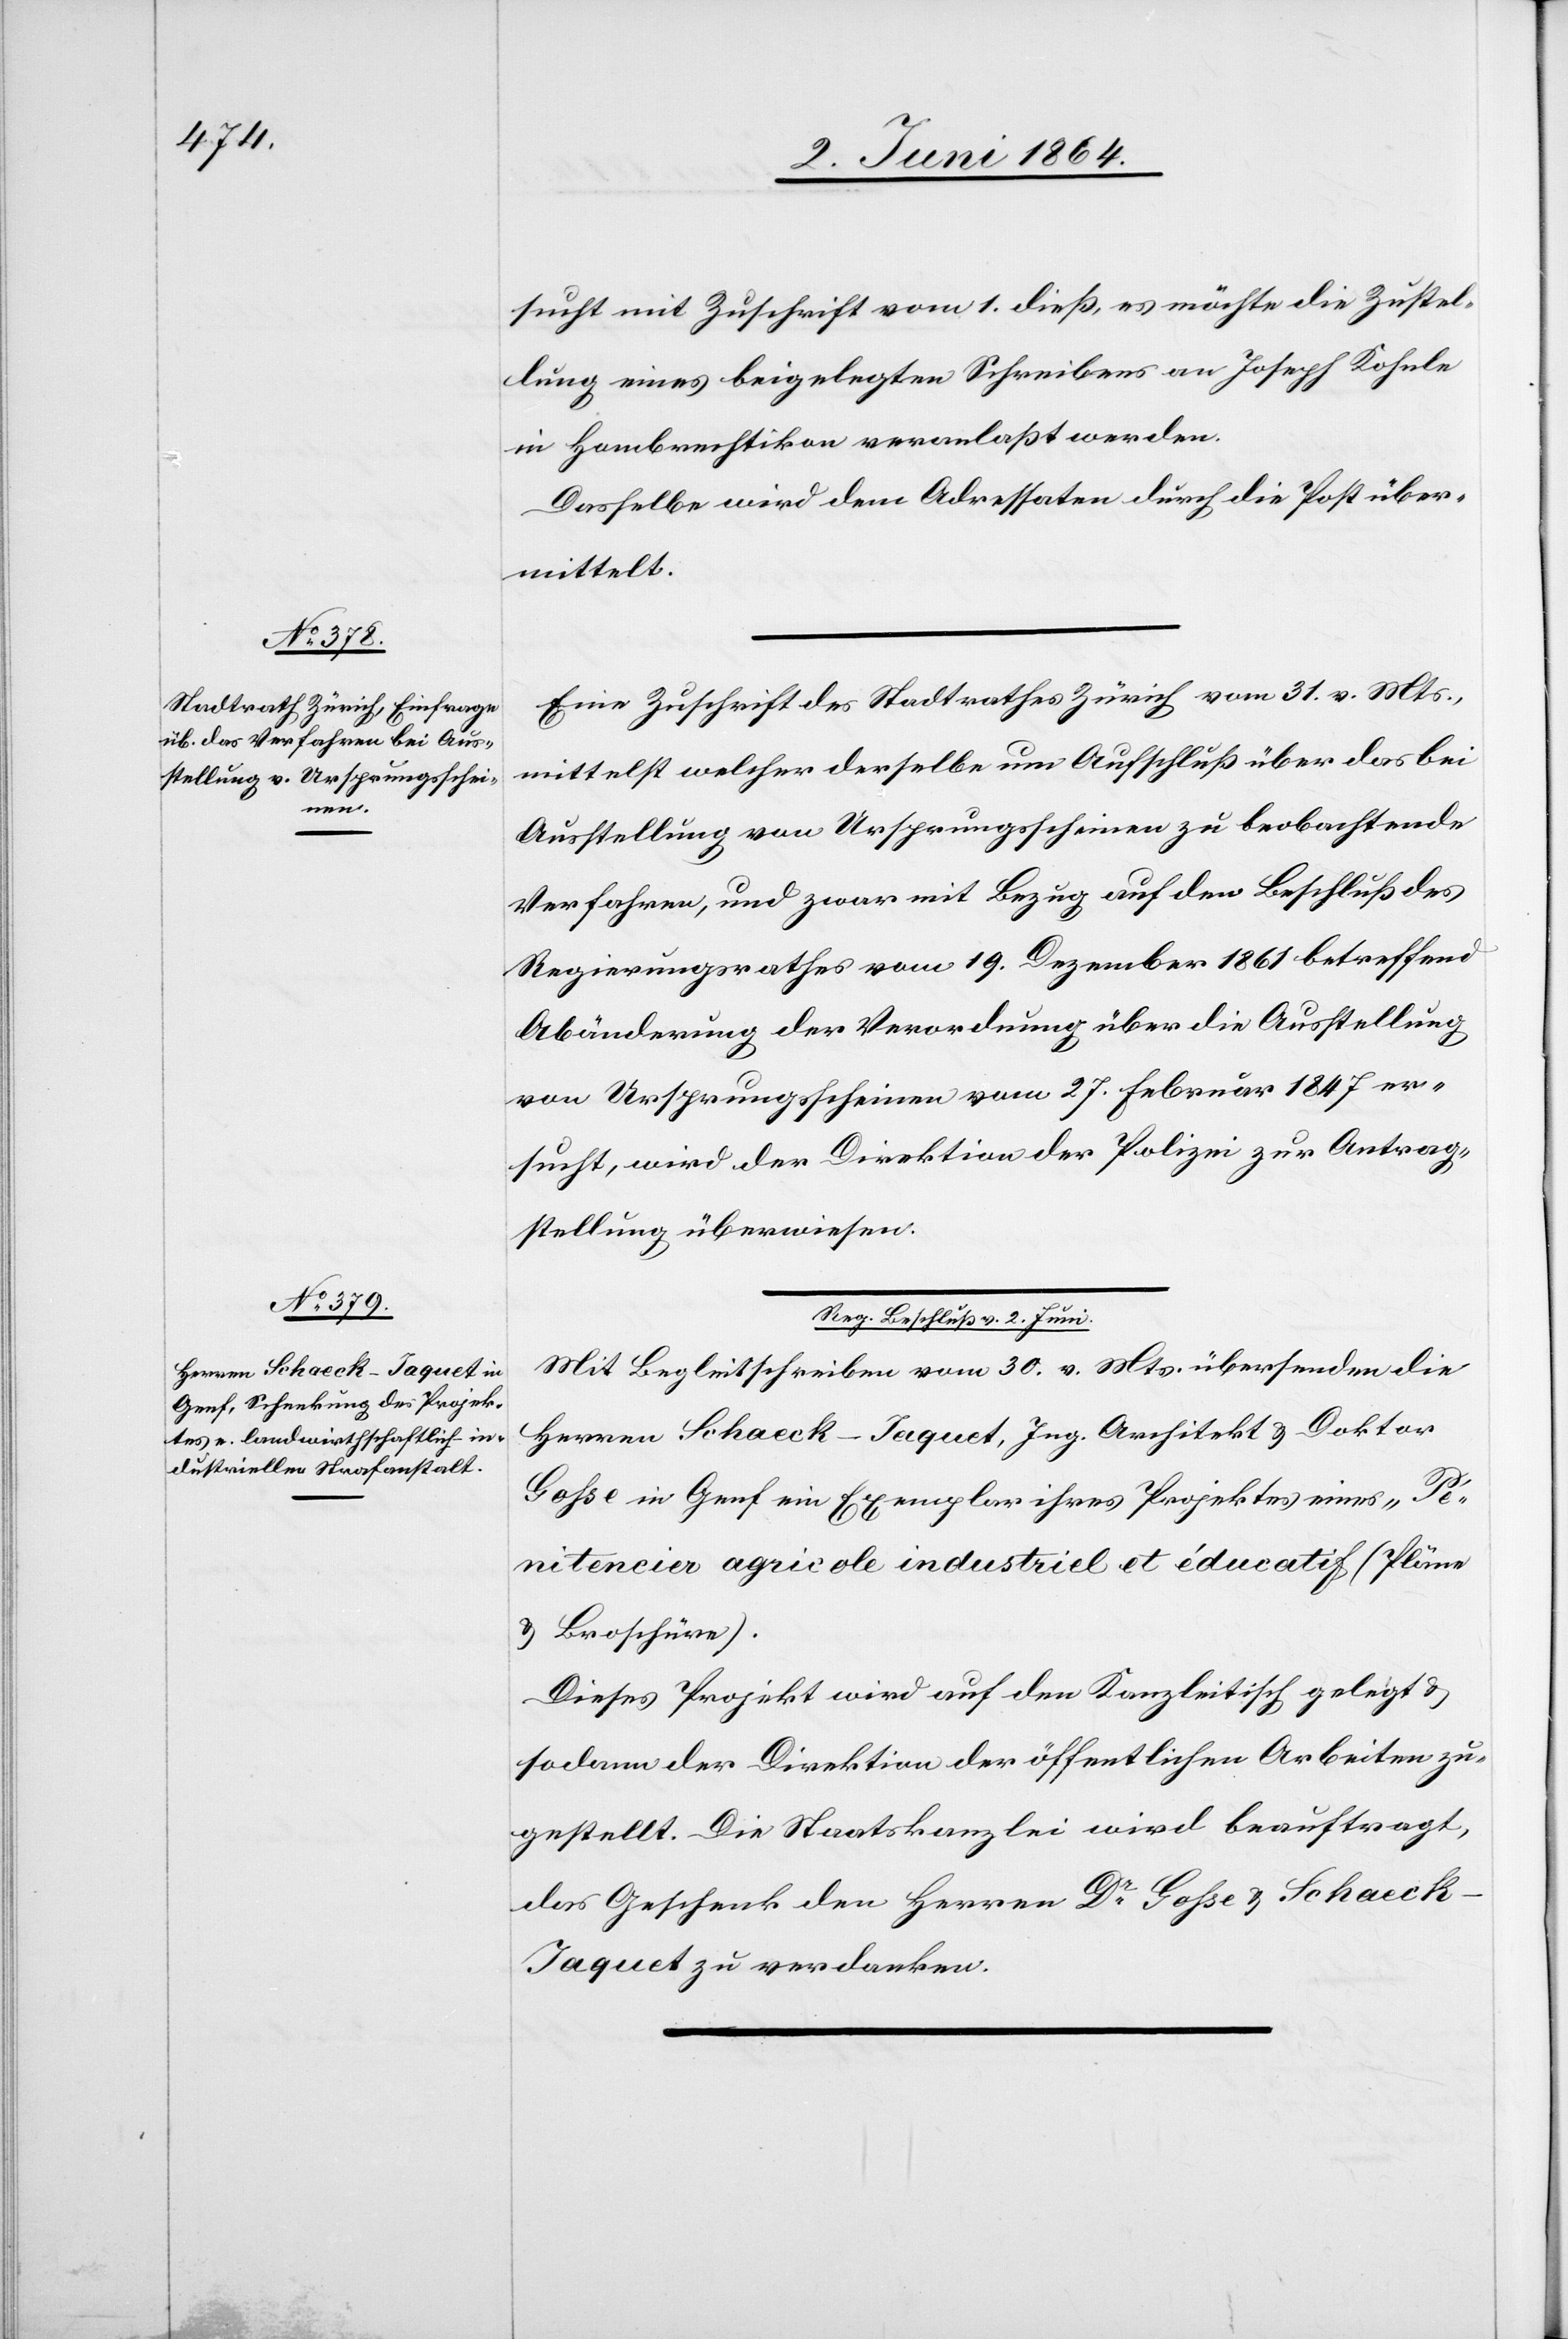
3. Juni 1864.]
sucht mit Zuschrift vom 1. dieß, es möchte die Zustel¬
lung eines beigelegten Schreibens an Joseph Kohnle
in Hombrechtikon veranlaßt werden.
Dasselbe wird dem Adressaten durch die Post über¬
mittelt.
Eine Zuschrift des Stadtrathes Zürich vom 31. v. Mts.,
mittelst welcher derselbe um Aufschluß über das bei
Ausstellung von Ursprungsscheinen zu beobachtende
Verfahren, und zwar mit Bezug auf den Beschluß des
Regierungsraths vom 19. Dezember 1861 betreffend
Abänderung der Verordnung über die Ausstellung
von Ursprungsscheinen vom 27. Februar 1847 er¬
sucht, wird der Direktion der Polizei zur Antrag¬
stellung überwiesen.
v.
Mit Begleitschreiben vom 30. v. Mts. übersenden die
Herren Schaeck-Jaquet, Ing. Architekt u. Doktor
Gohse in Genf ein Exemplar ihres Projektes eines „Pé¬
nitencier agricole industriel et éducatif“ (Pläne
u. Broschüre).
Dieses Projekt wird auf den Kanzleitisch gelegt u.
sodann der Direktion der öffentlichen Arbeiten zu¬
gestellt. Die Staatskanzlei wird beauftragt,
das Geschenk den Herren Dr Gohse u. Schaec¬
k-Jaquet zu verdanken.